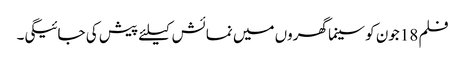
فلم 18جون کو سینما گھروں میں نمائش کیلئے پیش کی جائیگی۔